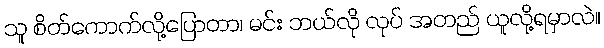
သူ စိတ်ကောက်လို့ပြောတာ၊ မင်း ဘယ်လို လုပ် အတည် ယူလို့ရမှာလဲ။